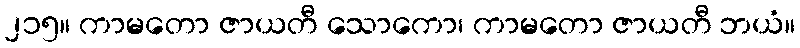
၂၁၅။ ကာမတော ဇာယတီ သောကော၊ ကာမတော ဇာယတီ ဘယံ။